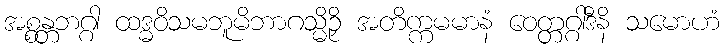
အစ္စန္တဘဂ္ဂါ ထဒ္ဓဝိသမဘူမိဘာဂသ္မိဉှိ အတိက္ကမမာနံ ဝေတ္တဂ္ဂါဒီနိ သမောဟံ